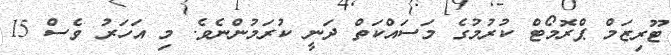
ޓޫރިޒަމް ޕްރޮމޯޓް ކުރުމުގެ މަސައްކަތް ދަނީ ކުރަމުންނެވެ. މި އަހަރު ވެސް 15